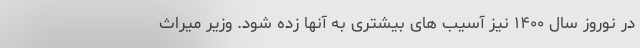
در نوروز سال ۱۴۰۰ نیز آسیب های بیشتری به آنها زده شود. وزیر میراث